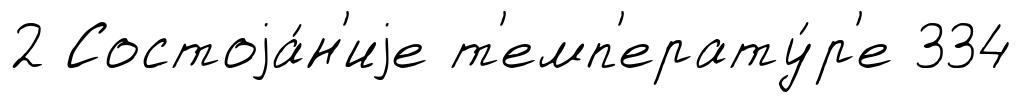
2 Состоjа́н'иjе т'емп'ерату́р'е 334